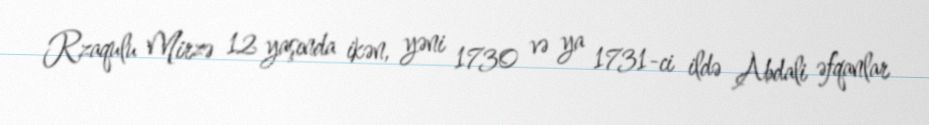
Rzaqulu Mirzə 12 yaşında ikən, yəni 1730 və ya 1731-ci ildə Abdali əfqanlar